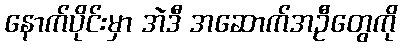
နောက်ပိုင်းမှာ အဲဒီ အဆောက်အဦတွေကို